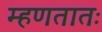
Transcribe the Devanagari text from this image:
म्हणतातः